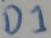
Text: D1